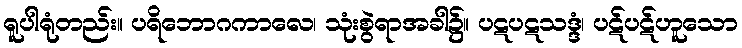
ရူပါရုံတည်း။ ပရိဘောဂကာလေ၊ သုံးစွဲရာအခါ၌။ ပဋပဋသဒ္ဒံ၊ ပဋ်ပဋ်ဟူသော